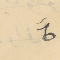
٥"